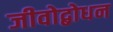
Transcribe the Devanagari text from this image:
जीवोद्बोधन